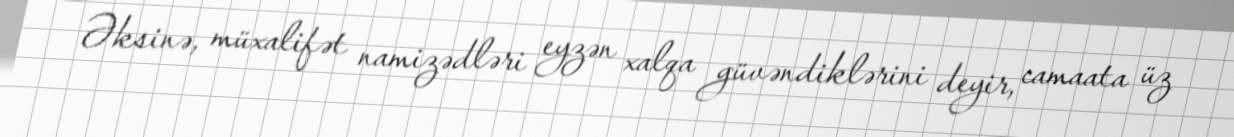
Əksinə, müxalifət namizədləri eyzən xalqa güvəndiklərini deyir, camaata üz